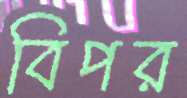
বিপর